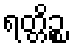
ရတ္တိဉ္စ